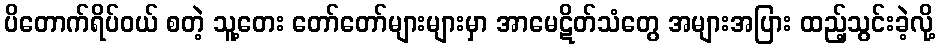
ပိတောက်ရိပ်ဝယ် စတဲ့ သူ့တေး တော်တော်များများမှာ အာမေဋိတ်သံတွေ အများအပြား ထည့်သွင်းခဲ့လို့